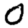
Digit: 0